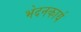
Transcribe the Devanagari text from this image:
भेदनकार्य